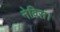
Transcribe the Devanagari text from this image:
नेविस।